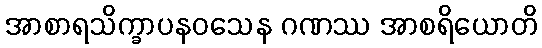
အာစာရသိက္ခာပနဝသေန ဂဏဿ အာစရိယောတိ